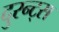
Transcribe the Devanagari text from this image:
दुरन्ट्स